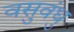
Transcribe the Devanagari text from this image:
वसुवंधु